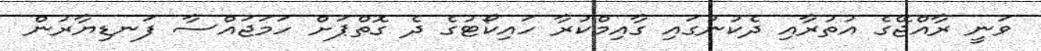
ވަނީ ރާއްޖޭގެ އުތުރާއި ދެކުނުގައި ގާއިމްކުރާ ހައިކޯޓުގެ ދެ ގޮތްޕަށް ހަމަޖައްސާ ފަނޑިޔާރުން